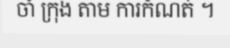
ចាំ ក្រុង តាម ការកំណត់ ។